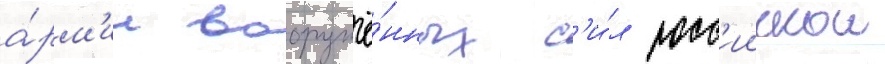
а́рм'ии вооружё́нных с'и́л росс'иискои